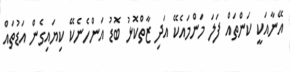
އޭނާއަކީ ކަންތައް ފަލަ މަންމައެކޭ އަދި ޒާތްކޮޅު ބޮޑު އަންހެނެކޭ ކިޔައިގެން އަޑުތައް